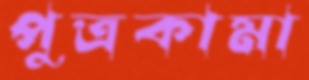
পুত্রকামা